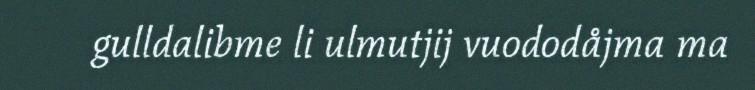
gulldalibme li ulmutjij vuododåjma ma